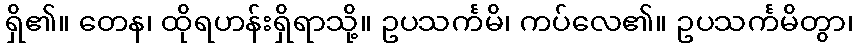
ရှိ၏။ တေန၊ ထိုရဟန်းရှိရာသို့။ ဥပသင်္ကမိ၊ ကပ်လေ၏။ ဥပသင်္ကမိတွာ၊